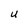
Character: U